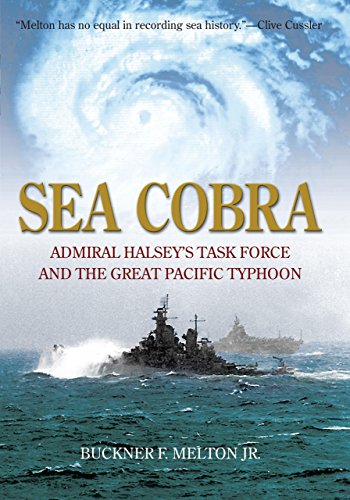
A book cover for Sea Cobra: Admiral Halsey's Task Force And The Great Pacific Typhoon; Buckner Melton Jr.; History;